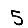
Digit: 5